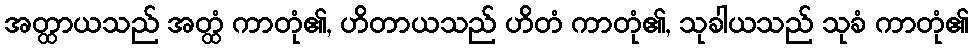
အတ္ထာယသည် အတ္ထံ ကာတုံ၏, ဟိတာယသည် ဟိတံ ကာတုံ၏, သုခါယသည် သုခံ ကာတုံ၏